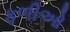
ફળીઓ